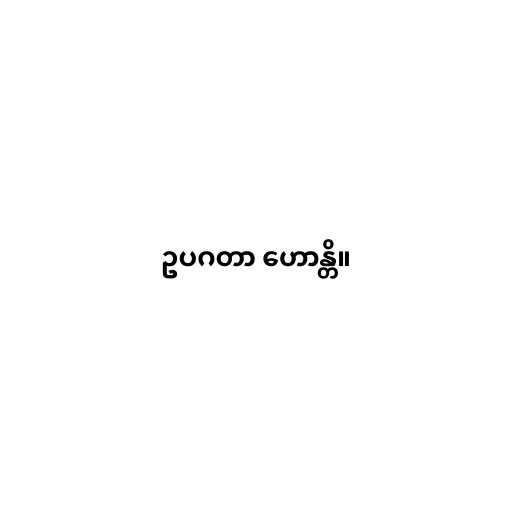
ဥပဂတာ ဟောန္တိ။